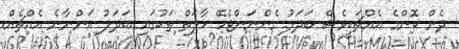
ދެން ކޮންމެ އެއްޗަކީވެސް ބަދަލު ގެންނަންޖެހޭ ހާލަތް ތަކުގައި ބަދަލު އަންނާނެ އެއްޗެއް.